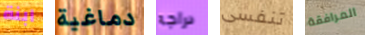
ابنة دماغية دراجه تنفسى المرافقة